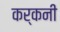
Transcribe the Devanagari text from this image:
कर्कनी